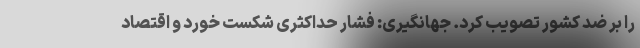
را بر ضد کشور تصویب کرد. جهانگیری: فشار حداکثری شکست خورد و اقتصاد